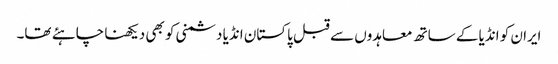
ایران کو انڈیا کے ساتھ معاہدوں سے قبل پاکستان انڈیا دشمنی کو بھی دیکھنا چاہئے تھا۔